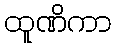
ထူဏိကာ